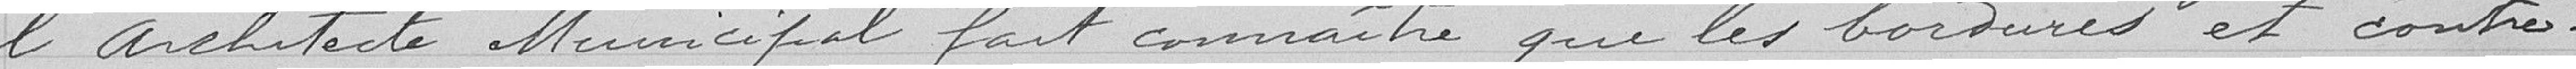
l'architecte municipal fait connaître que les bordures et contre-